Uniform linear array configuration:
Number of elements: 16
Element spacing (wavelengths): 1
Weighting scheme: hamming
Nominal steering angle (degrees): -30
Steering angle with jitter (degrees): -30.231
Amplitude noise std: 0.05
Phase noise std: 0.05

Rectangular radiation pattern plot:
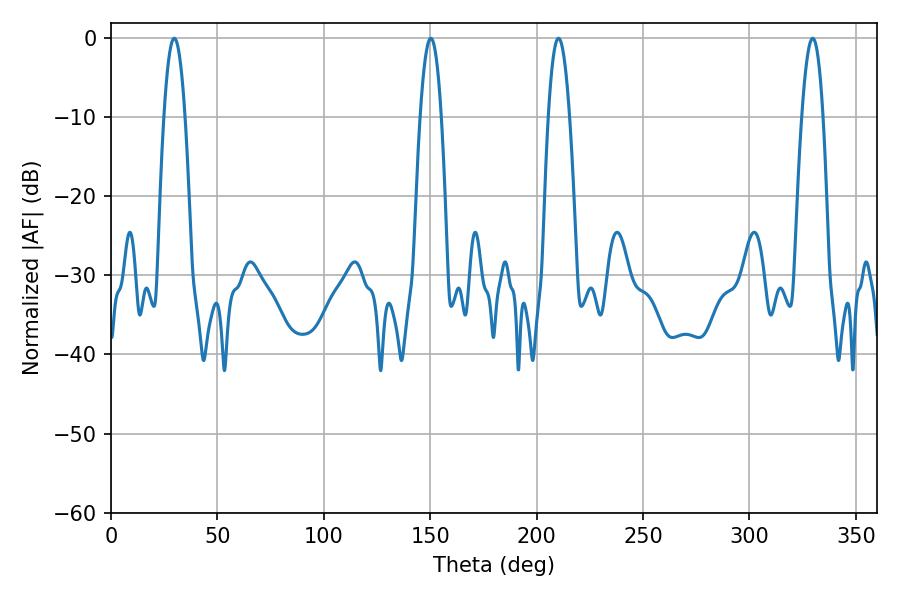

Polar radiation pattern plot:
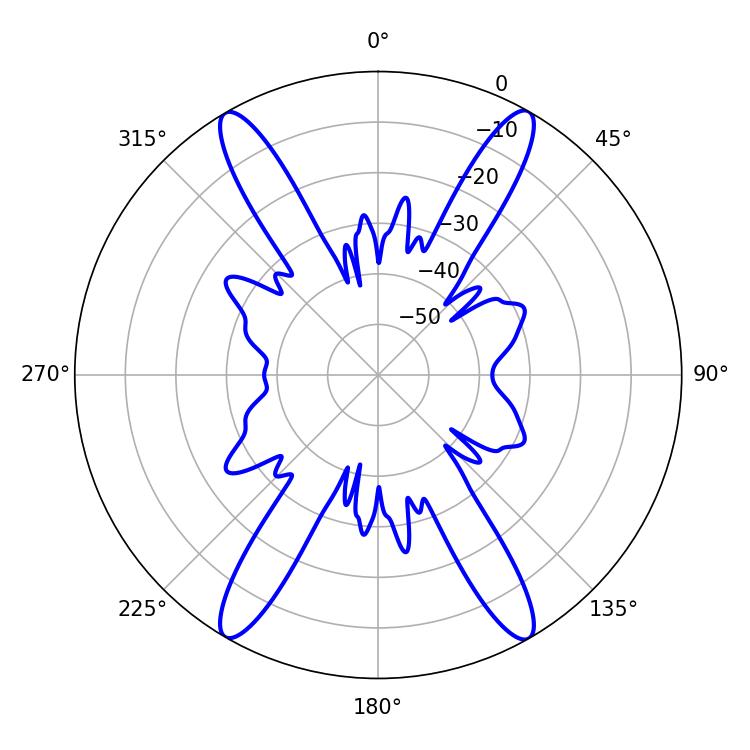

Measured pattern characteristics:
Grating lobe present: TRUE
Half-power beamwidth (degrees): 5.4
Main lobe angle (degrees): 29.7